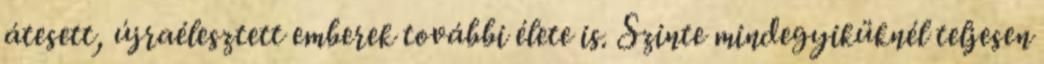
átesett, újraélesztett emberek további élete is. Szinte mindegyiküknél teljesen